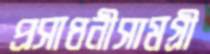
প্রসাধনীসামগ্রী